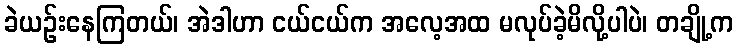
ခဲယဉ်းနေကြတယ်၊ အဲဒါဟာ ငယ်ငယ်က အလေ့အထ မလုပ်ခဲ့မိလို့ပါပဲ၊ တချို့က